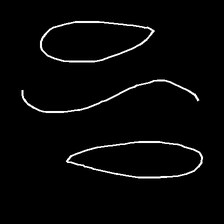
Glyph: water